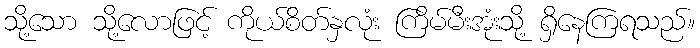
သို့သော သို့လောဖြင့် ကိုယ်စိတ်နှလုံး ကြိမ်မီးအုံးသို့ ရှိနေကြရသည်။